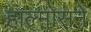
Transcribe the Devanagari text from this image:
हाल्मोसने